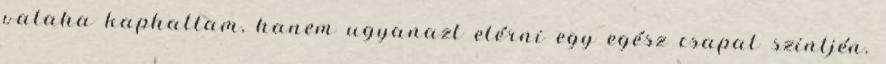
valaha kaphattam, hanem ugyanazt elérni egy egész csapat szintjén.